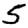
Digit: 5